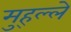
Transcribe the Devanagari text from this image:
मुह्ल्ले